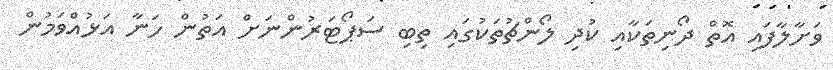
ވަށާލާފައި އޮތް ދޯނިތަކާއި ކުދި ލޯންޗުތަކުގައި ތިބި ސަޕޯޓަރުންނަށް އަތުން ހަނާ އަޅުއްވަމުން